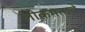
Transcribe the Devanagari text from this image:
लोकमताचे